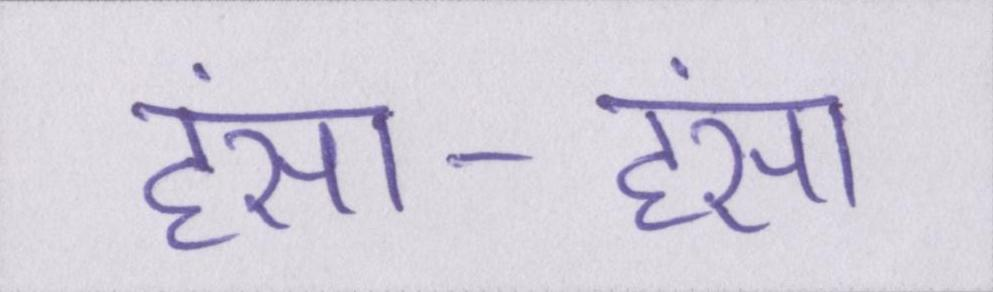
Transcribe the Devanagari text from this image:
हंसा-हंसा